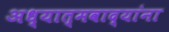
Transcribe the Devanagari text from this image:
अध्यात्मवाद्यांना